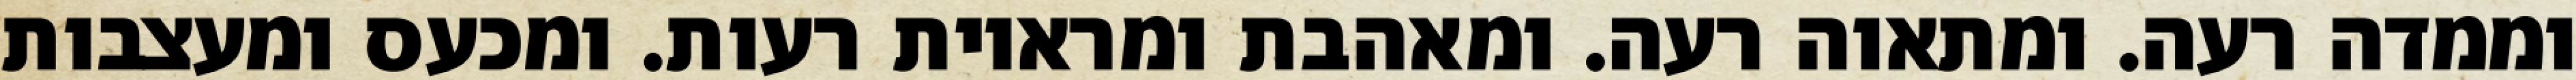
וממדה רעה. ומתאוה רעה. ומאהבת ומראיות רעות. ומכעס ומעצבות